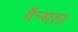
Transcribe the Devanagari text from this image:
दैन्यता